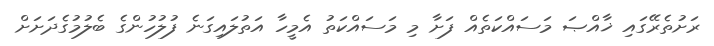
ރަށުތެރޭގައި ޚާއްޞަ މަސައްކަތެއް ފަށާ މި މަސައްކަތު އެމީހާ އަތުލައިގަނެ ފުލުހުންގެ ބެލުމުގެދަށަށް